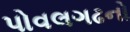
પોવલગઢનો